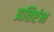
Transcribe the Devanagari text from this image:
प्रतिष्टंभ